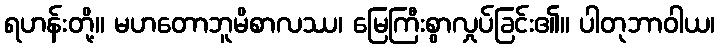
ရဟန်းတို့။ မဟတောဘူမိစာလဿ၊ မြေကြီးစွာလှုပ်ခြင်း၏။ ပါတုဘာဝါယ၊